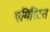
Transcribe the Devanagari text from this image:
एमिरिटस